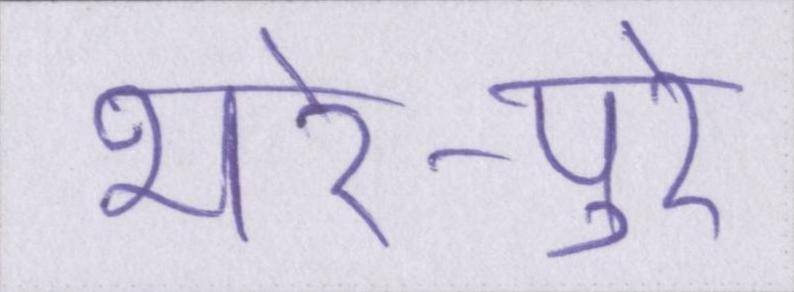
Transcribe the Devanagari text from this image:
भरे-पुरे